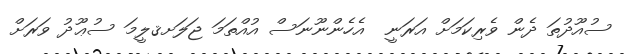
ސުއޫދުތަ ދެން ވެރިކަމަށް އަރަނީ  އެހެންނޫނަސް އުއްތަމަ ޖަލަށޤލީމަ ސުޢޫދު ވަރަށް